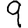
Digit: 9